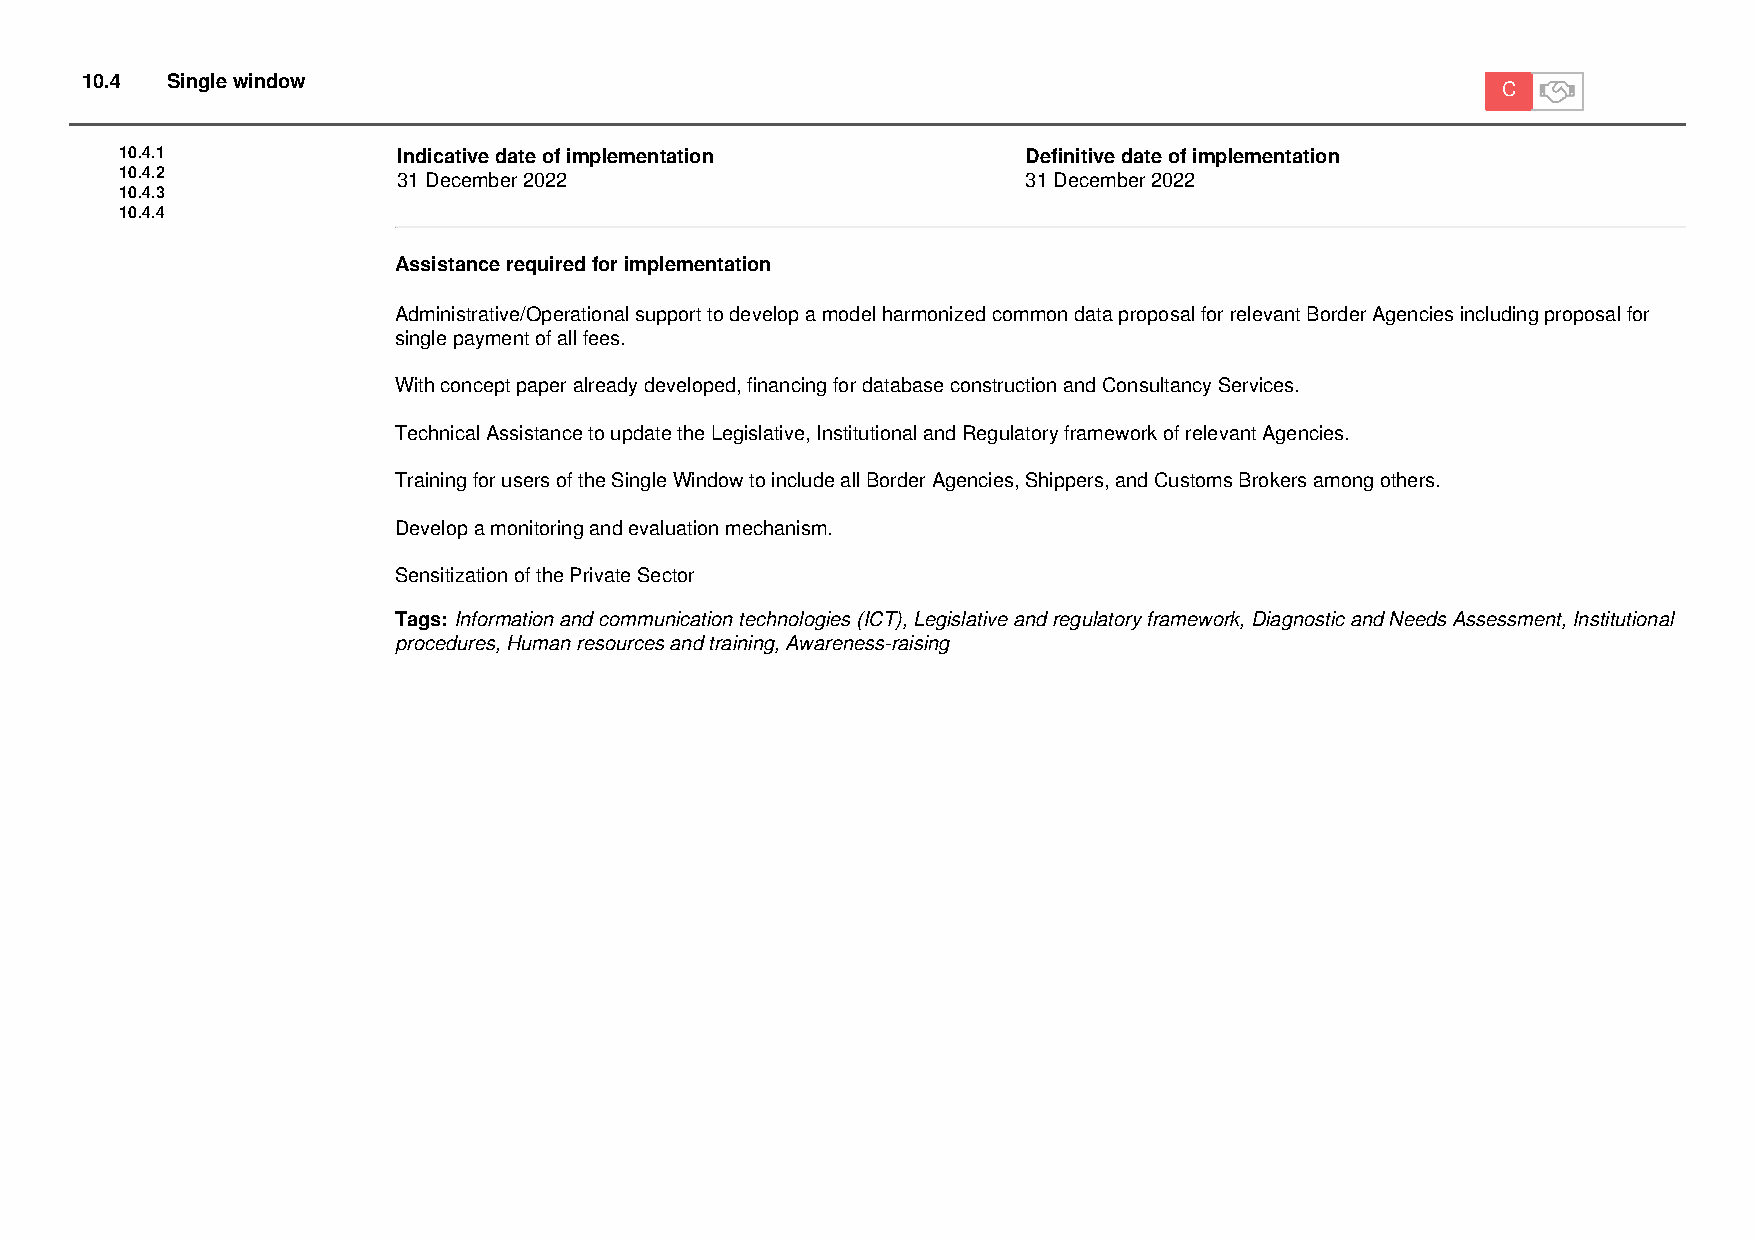
10.4  Single window
 C
 10.4.1            Indicative date of implementation         Definitive date of implementation
 10.4.2            31 December 2022                          31 December 2022
 10.4.3
 10.4.4
 Assistance required for implementation
 Administrative/Operational support to develop a model harmonized common data proposal for relevant Border Agencies including proposal for
 single payment of all fees.
 With concept paper already developed, financing for database construction and Consultancy Services.
 Technical Assistance to update the Legislative, Institutional and Regulatory framework of relevant Agencies.
 Training for users of the Single Window to include all Border Agencies, Shippers, and Customs Brokers among others.
 Develop a monitoring and evaluation mechanism.
 Sensitization of the Private Sector
 Tags: Information and communication technologies (ICT), Legislative and regulatory framework, Diagnostic and Needs Assessment, Institutional
 procedures, Human resources and training, Awareness-raising